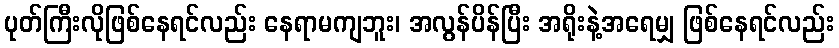
ပုတ်ကြီးလိုဖြစ်နေရင်လည်း နေရာမကျဘူး၊ အလွန်ပိန်ပြီး အရိုးနဲ့အရေမျှ ဖြစ်နေရင်လည်း